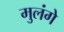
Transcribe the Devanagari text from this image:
मुलंगे